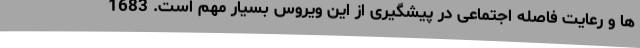
ها و رعایت فاصله اجتماعی در پیشگیری از این ویروس بسیار مهم است. 1683